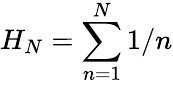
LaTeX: H_{N}=\sum_{n=1}^{N}1/n